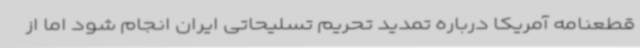
قطعنامه آمریکا درباره تمدید تحریم تسلیحاتی ایران انجام شود اما از